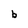
Character: b